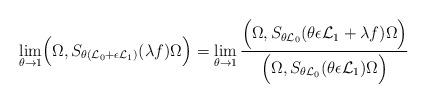
LaTeX: \begin{align*}\lim_{\theta\to 1}\Bigl(\Omega,S_{\theta ({\cal L}_0+\epsilon {\cal L}_1)}(\lambda f)\Omega\Bigr)=\lim_{\theta\to 1}\frac{\Bigl(\Omega,S_{\theta {\cal L}_0}(\theta\epsilon {\cal L}_1+\lambda f)\Omega\Bigr)}{\Bigl(\Omega,S_{\theta {\cal L}_0}(\theta\epsilon {\cal L}_1)\Omega\Bigr)}\end{align*}